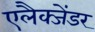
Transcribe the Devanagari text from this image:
एलैक्जेंडर